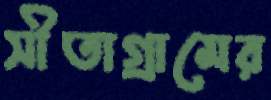
সীতাগ্রামের